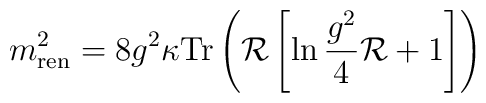
m^2_{\rm ren} = 8g^2\kappa{\rm Tr}\left({\cal R}\left[\ln\frac{g^2}{4}{\cal R}	+1\right]\right)